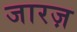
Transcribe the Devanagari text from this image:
जारज़